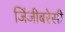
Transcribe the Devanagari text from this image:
जिंजीबरेसी